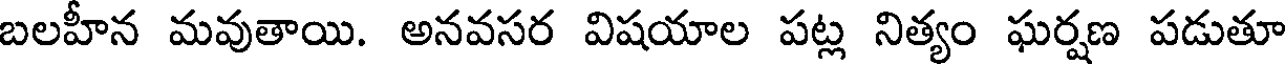
బలహీన మవుతాయి. అనవసర విషయాల పట్ల నిత్యం ఘర్షణ పడుతూ